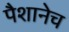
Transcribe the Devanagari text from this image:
पैशानेच